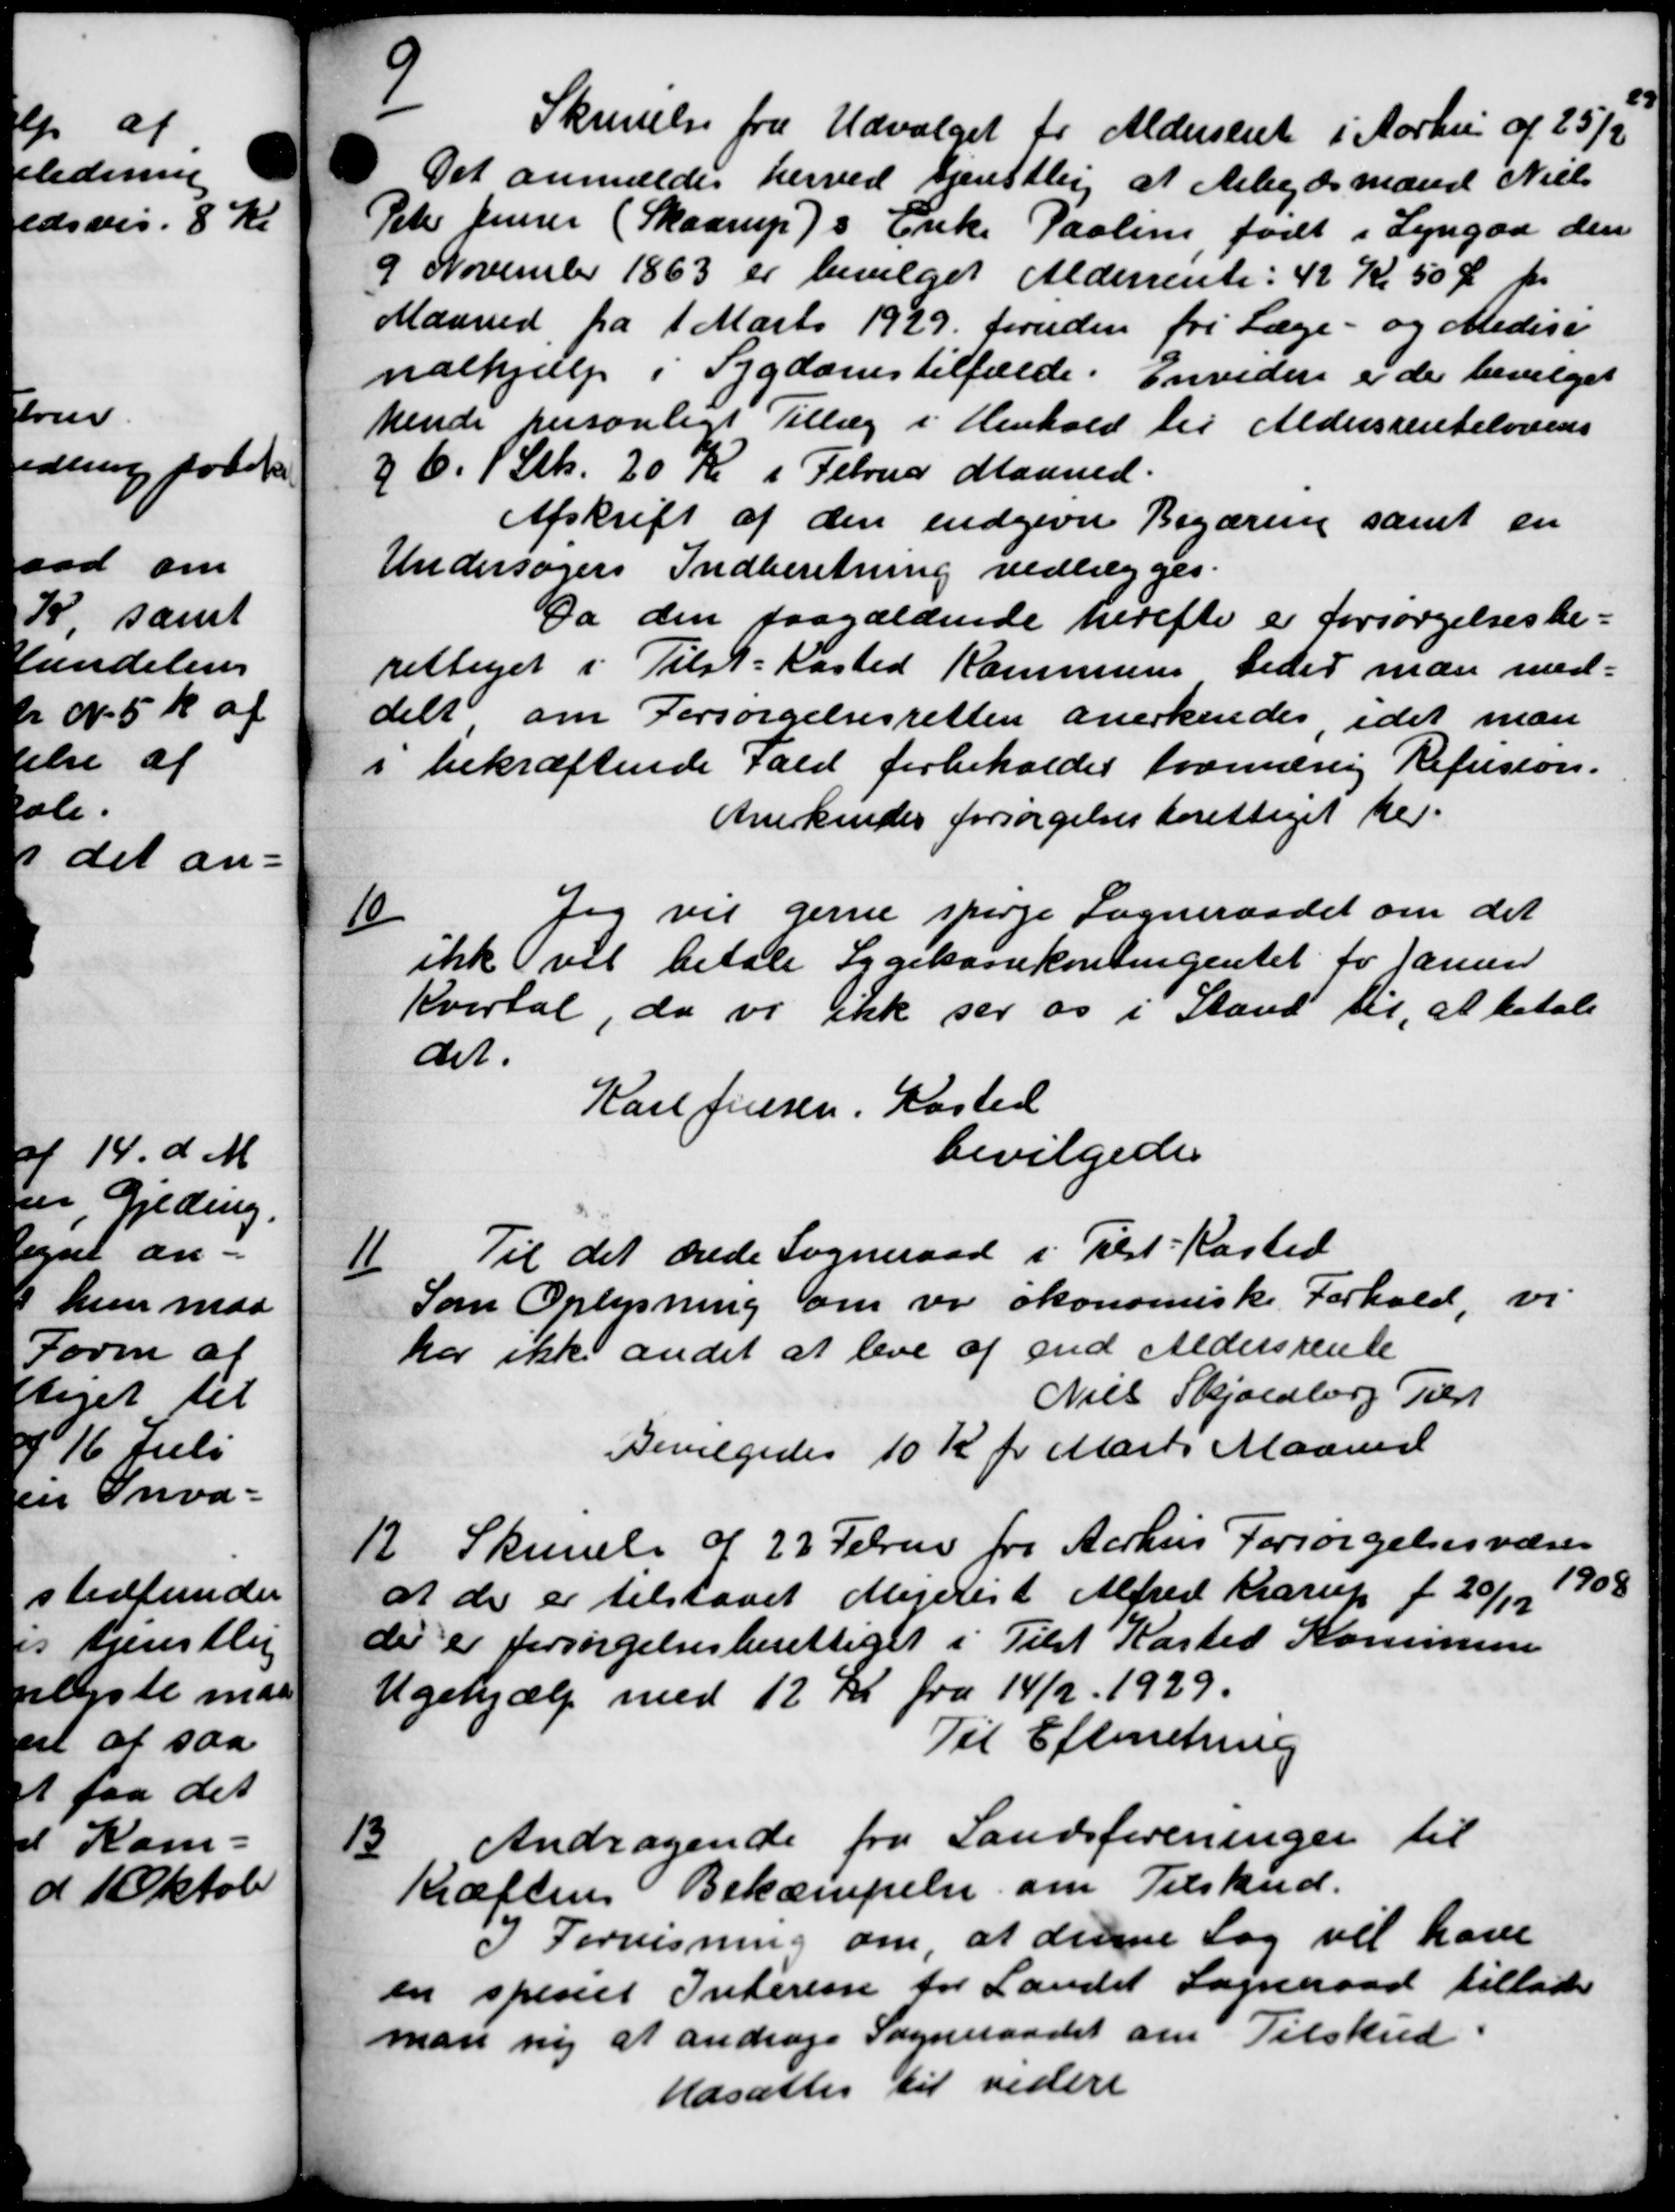
Transskription:
Skrivelse fra Udvalget for Aldersrent i Aarhus af 25/2
Det anmeldes herved tjenstlig at Arbejdsmand Niels
Peter Jensen (Skaarups Enke Paolin, født i Lyngaa den
9 November 1863 er bevilget Alderrente: 42 Kr 50 Ør pr
Maaned fra 1 Marts 1929 foruden fri Læge- og Medici
nalhjælp i Sygdomstilfælde. Envidere er der bevilget
hende personligt Tillæg i Henhold til Aldersrentelovens
26. 1 Stk. 20 Kr i Februar Maaned.
Afskrift af den indgivne Begæring samt en
Undersøgers Indberetning vedlægges.
Da den paagældende herefter er forsørgelsesbe-
rettiget i Tilst-Kasted Kommune beder man med-
delt om Forsørgelsesretten anerkendes idet man
i bekræftende Fald forbeholdes formæsig Refusion.
Anerkendes forsørgelsesberettiget her.
6
Jeg vil gerne spørge Sogneraadet om det
ikke vil betale Sygekassekontingentet for Januar
Kvartal, da vi ikke ser os i Stand til, at betale
det.
Karl Jensen, Kasted
bevilgedes
1
Til det ærede Sogneraad i Tilst-Kasted
Som Oplysning om vi økonomiske Forhold, vi
har ikke andet at leve af end Aldersrente
Niels Skjoldborg Tilst
Bevilgedes 10 Kr pr Marts Maaned
12.
Skrivelse af 22 Februar for Aarhus Forsørgelsesvæsen
at der er tilstaaet Mejerist Alfred Krarup f 20/12 1908
de er forsørgelsesberettiget i Tilst Kasted Kommune
Ugehjælp med 12 Kr. fra 14/2 1929.
Til Efterretning
13.
Andragende fra Landsforeningen til
Kræftens Bekæmpelse om Tilskud.
I Forvisning om, at denne Sag vil have
en spises Interiane for Landet Sogneraad tillader
man ny at andrage Sogneraadet om Tilskud
Udsættes til videre